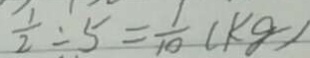
\frac { 1 } { 2 } \div 5 = \frac { 1 } { 1 0 } ( k g )